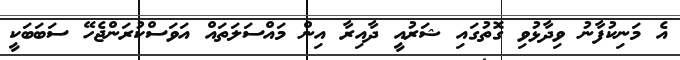
އެ މަނިކުފާނު ވިދާޅުވި ގޮތުގައި ޝަރުއީ ދާއިރާ އިން މައްސަަލަތައް އަވަސްކުރަންޖެހޭ ސަބަބަކީ